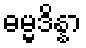
ဓမ္မဒိန္နာ